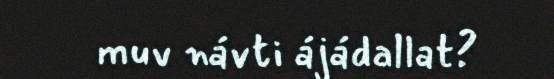
muv návti ájádallat?